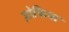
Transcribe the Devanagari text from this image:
ज़ोफिया